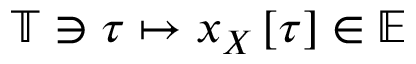
\mathbb { T } \ni \boldsymbol { \tau } \mapsto \boldsymbol { x } _ { \u { X } } \left[ \boldsymbol { \tau } \right] \in \mathbb { E }